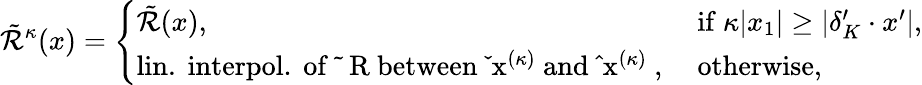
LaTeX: \tilde{\mathcal R}^{\kappa}(x)=\left\{ \begin{array}{ll}{\tilde{\mathcal R}(x),}&{\mathrm{~if~}\kappa|x_{1}|\ge|\delta_{K}^{\prime}\cdot x^{\prime}|,}\\ {\mathrm{lin.\ interpol.\ of~\tilde{~}\mathcal~R~between~\check{~}x^{(\kappa)}~and~\hat{~}x^{(\kappa)}~,}}&{\mathrm{~otherwise,}}\end{array}\right.